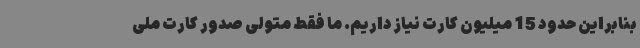
بنابراین حدود 15 میلیون کارت نیاز داریم. ما فقط متولی صدور کارت ملی